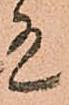
有